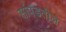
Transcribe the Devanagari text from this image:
सांपडतील